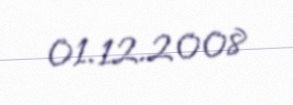
01.12.2008